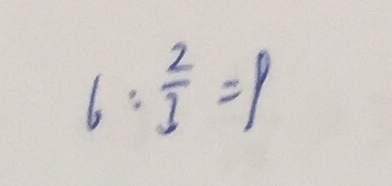
6 : \frac { 2 } { 3 } = 9